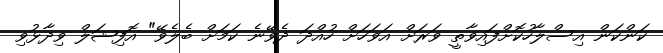
ކަންކަން އިސްލާހުކޮށްފައިވާތީ ވަރަށް އަވަހަށް ހުއްދަ ދެވޭނެ ކަމަށް ބެލެވޭ" އޮފިޝަލް ވިދާޅުވި